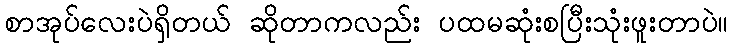
စာအုပ်လေးပဲရှိတယ် ဆိုတာကလည်း ပထမဆုံးစပြီးသုံးဖူးတာပဲ။